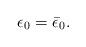
LaTeX: \begin{align*} \epsilon_{0} = \bar{\epsilon}_{0}. \end{align*}